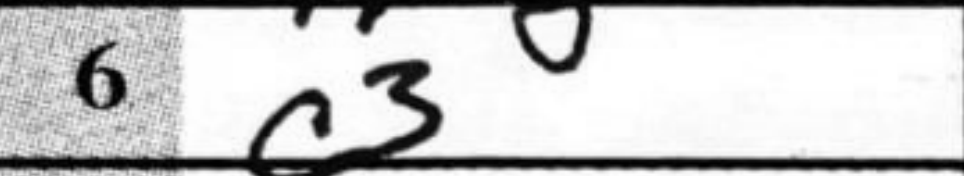
Transcription: c3